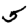
Digit: 5